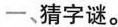
一﹑猜字谜。